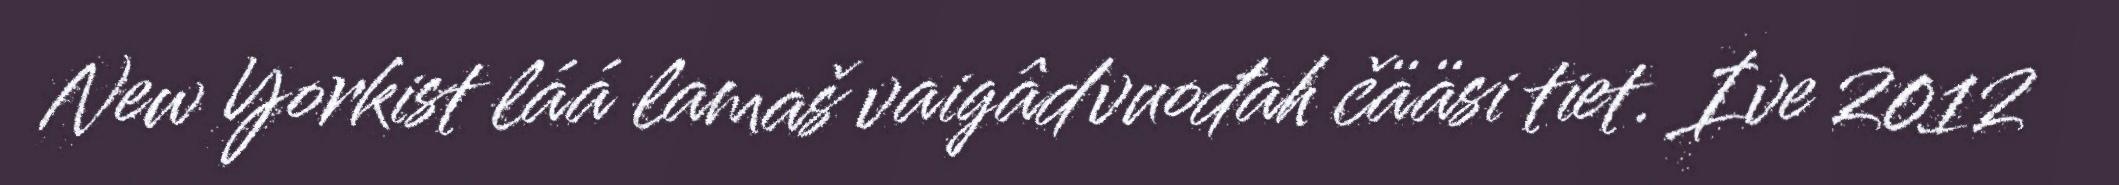
New Yorkist láá lamaš vaigâdvuođah čääsi tiet. Ive 2012